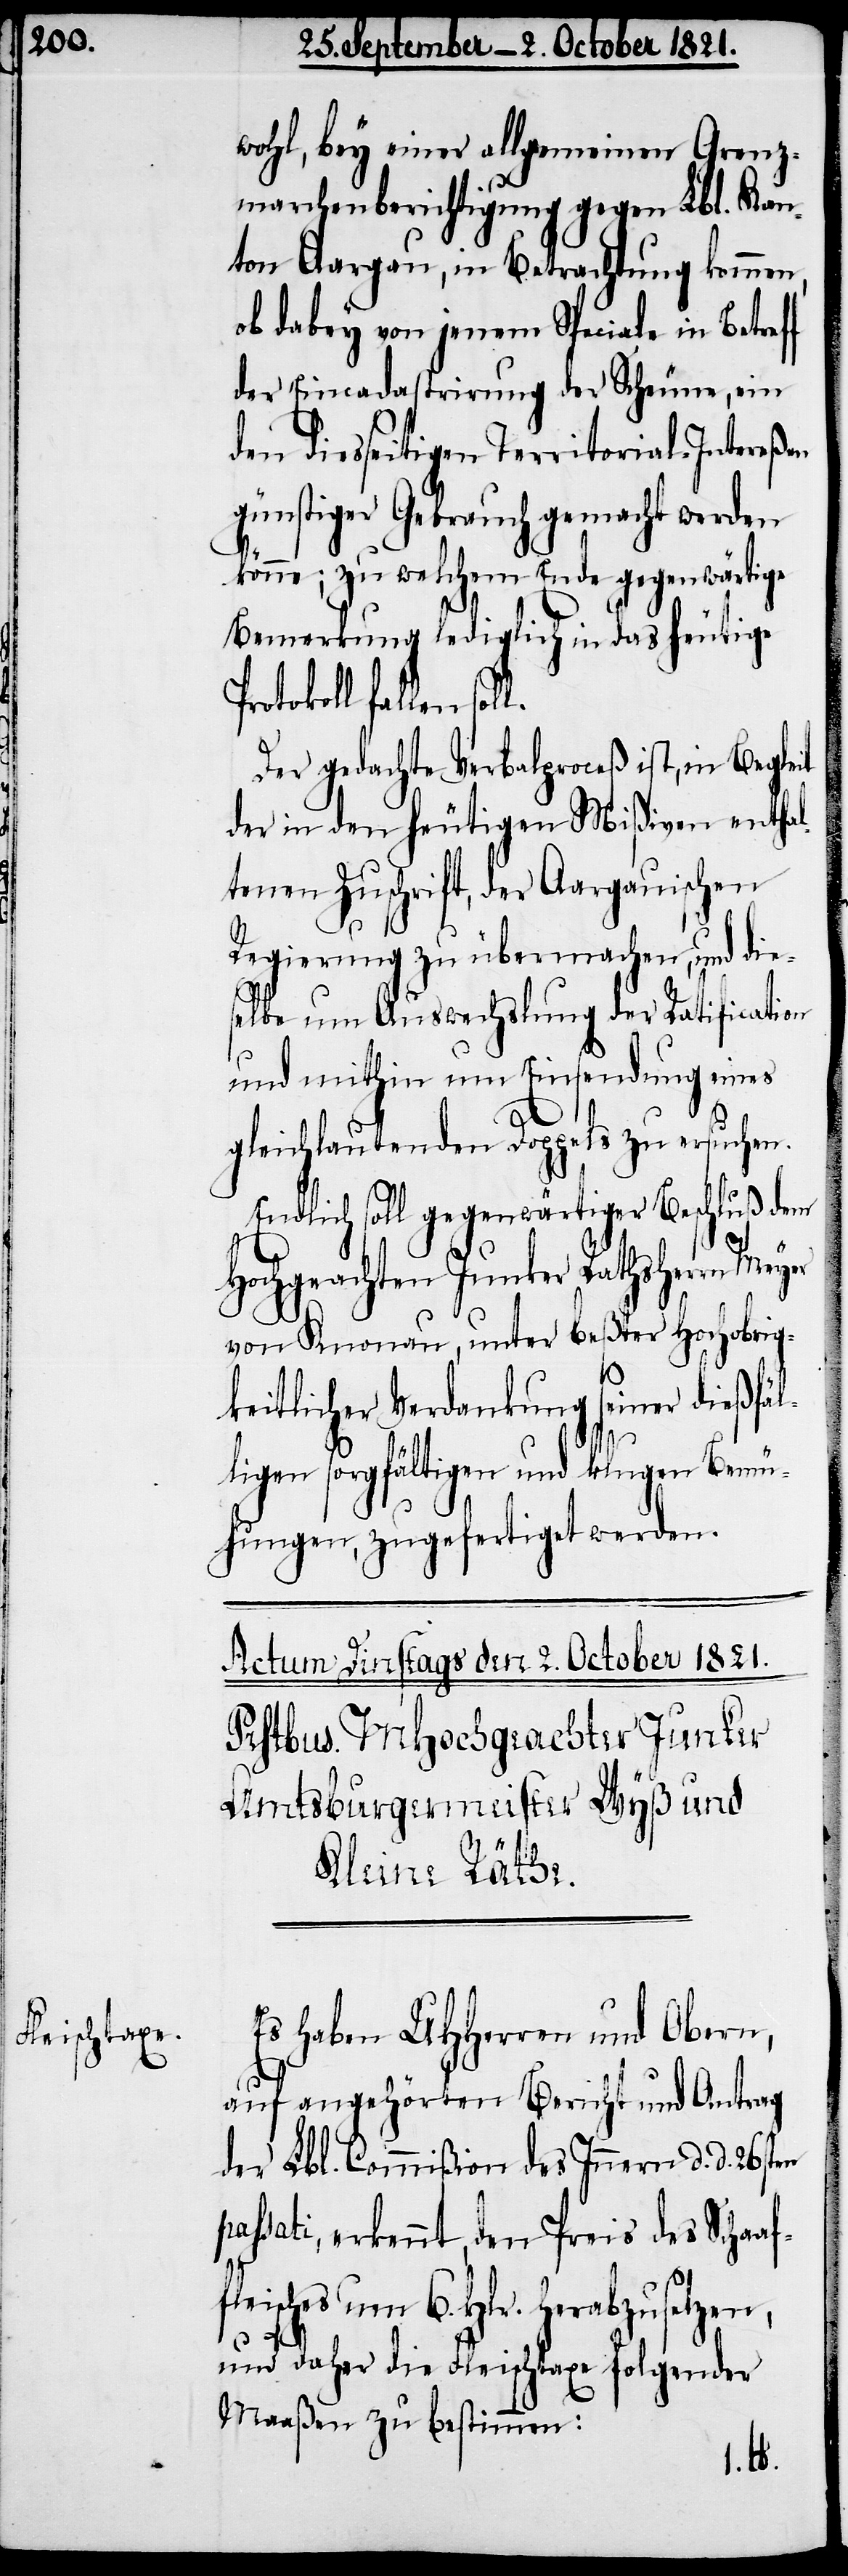
fleisches

wohl, bey einer allgemeinen Grenz¬
marchenberichtigung gegen Lbl. Kan¬
ton Aargau, in Betrachtung kommen,
ob dabey von jenem Speciale in Betref¬
der Eincadastrirung der Scheune, ein
den diesseitigen Territorial-Intereßen
günstiger Gebrauch gemacht werden
könne; zu welchem Ende gegenwärtige
Bemerkung lediglich in das heutige
rotokoll fallen sol¬
Der gedachte Verbalproceß ist, in Begleit
der in den heutigen Mißiven enthal¬
tenen Zuschrift, der Aargauischen
Regierung zu übermachen, und dies¬
elbe um Auswechslung der Ratification
und mithin um Einsendung eines
gleichlautenden Doppels zu ersuchen.
Endlich soll gegenwärtiger Beschluß dem
6.
Hochgeachten Junker Rathsherrn Meyer
von Knonau, unter beßter Hochobrig¬
keitlicher Verdankung seiner dießfäl¬
ligen sorgfältigen und klugen Bemü¬
hungen, zugefertigt werden.
Es haben UHHerren und Obern,
auf angehörten Bericht und Antrag
der Lbl. Commißion des Innern d. d. 26sten
passati, erkennt, den Preis des Schaaf¬
und daher die Fleischtaxe folgender
Maaßen zu bestimmen: